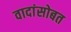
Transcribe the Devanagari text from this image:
वादांसोबत